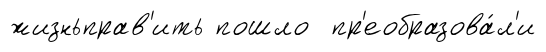
жизньправ'ить пошло пр'еобразова́л'и